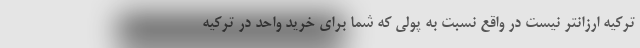
ترکیه ارزانتر نیست در واقع نسبت به پولی که شما برای خرید واحد در ترکیه